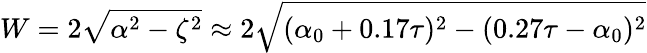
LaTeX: W=2\sqrt{\alpha^{2}-\zeta^{2}}\approx 2\sqrt{(\alpha_{0}+0.17\tau)^{2}-(0.27\tau-\alpha_{0})^{2}}